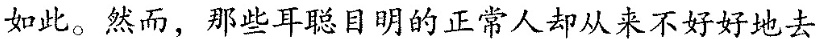
如此。然而，那些耳聪明的正常人却从未不好好地去